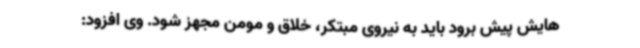
هایش پیش برود باید به نیروی مبتکر، خلاق و مومن مجهز شود. وی افزود: